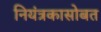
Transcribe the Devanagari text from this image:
नियंत्रकासोबत